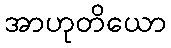
အာဟုတိယော